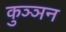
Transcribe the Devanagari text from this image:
कुञ्ञन